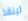
لينقذ